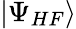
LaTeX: |\Psi_{HF}\rangle